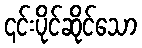
၎င်းပိုင်ဆိုင်သော